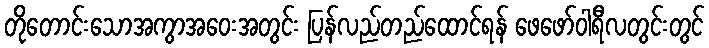
တိုတောင်းသောအကွာအဝေးအတွင်း ပြန်လည်တည်ထောင်ရန် ဖေဖော်ဝါရီလတွင်းတွင်